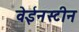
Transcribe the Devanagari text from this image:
वेईनस्टीन